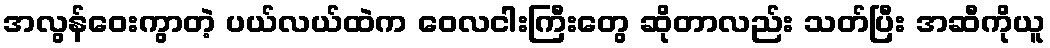
အလွန်ဝေးကွာတဲ့ ပယ်လယ်ထဲက ဝေလငါးကြီးတွေ ဆိုတာလည်း သတ်ပြီး အဆီကိုယူ